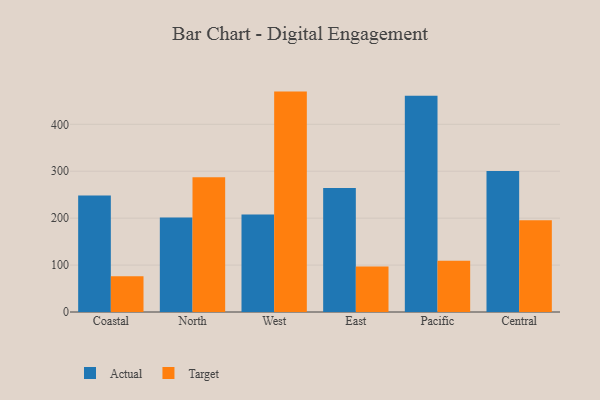
{"axis": {"x": "Region", "y": "Shipments"}, "legend": ["Actual", "Target"], "data": [{"x": "Coastal", "y": 248.3, "type": "Actual"}, {"x": "Coastal", "y": 76.0, "type": "Target"}, {"x": "North", "y": 201.6, "type": "Actual"}, {"x": "North", "y": 287.0, "type": "Target"}, {"x": "West", "y": 207.9, "type": "Actual"}, {"x": "West", "y": 469.7, "type": "Target"}, {"x": "East", "y": 264.5, "type": "Actual"}, {"x": "East", "y": 96.8, "type": "Target"}, {"x": "Pacific", "y": 461.0, "type": "Actual"}, {"x": "Pacific", "y": 109.0, "type": "Target"}, {"x": "Central", "y": 300.7, "type": "Actual"}, {"x": "Central", "y": 195.7, "type": "Target"}]}